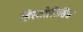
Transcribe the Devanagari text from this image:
हिस्टोलिसिस